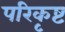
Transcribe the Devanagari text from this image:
परिकृष्ट